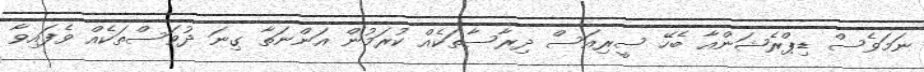
ނަމަވެސް ޑިޕްރެޝަންއާ ބެހޭ ސީރިއަސް ދިރާސާތަކެއް ކުރަމުން އަންނަތާ ގިނަ ދުވަސްތަކެއް ވެފައިވާ